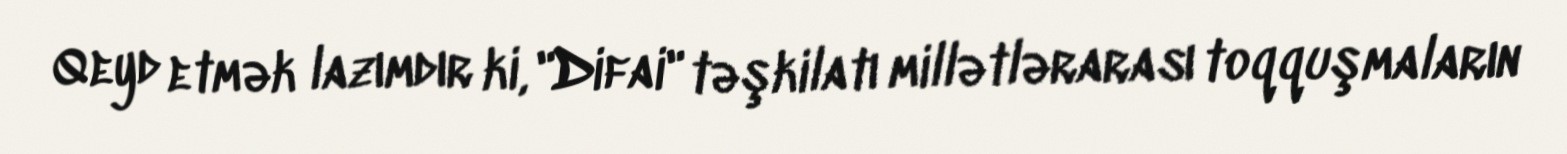
Qeyd etmək lazımdır ki, "Difai" təşkilatı millətlərarası toqquşmaların